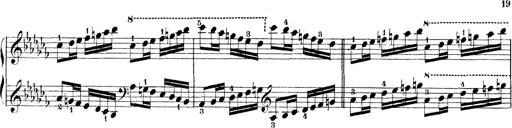
Title: Technische Studien
Composer: Franz Liszt